Report of the Lahore Medical School Hospital
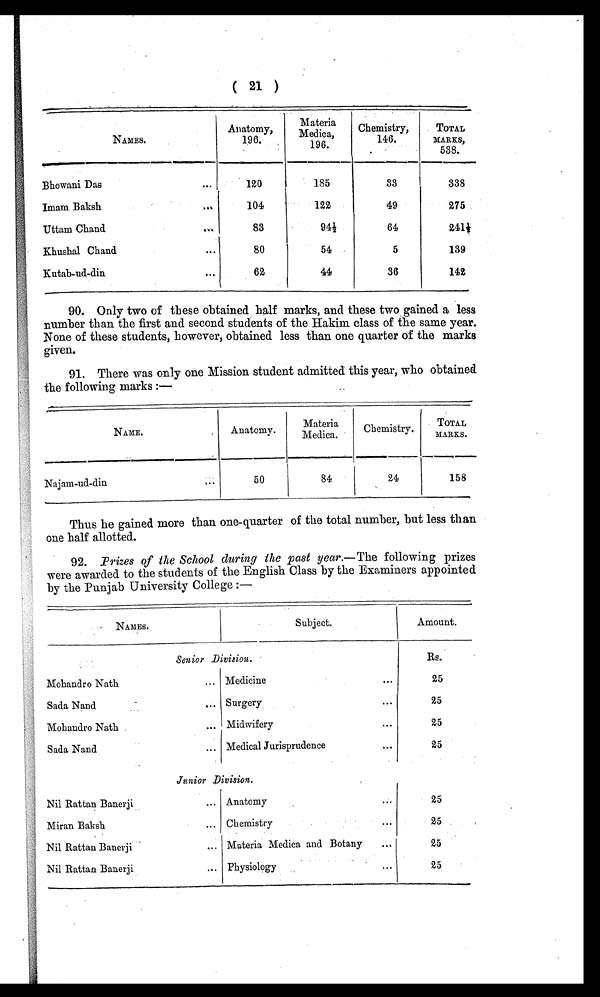
( 21 )
NAMES.
Anatomy,
196.
Materia
M e d i c a , 1 9 6 .
Ch emistr y,
146.
TOTAL
MARKS,
538.
Bhowani Das
. . .
120
185
33
338
Imam Baksh
...
104
122
49
275
Uttam Chand
...
83
94½
6 4
241½
Khushal Chand
...
80
5 4
5
139
Kutab-ud-din
...
62
44
36
142
90. Only two of these obtained half marks, and these two gained a less
number than the first and second students of the Hakim class of the same year.
None of these students, however, obtained less than one quarter of the marks
given.
91. There was only one Mission student admitted this year, who obtained
the following marks :—
NAME.
Anatomy.
Materia
Medica.
Chemistry.
TOTAL
MARKS.
Najam-ud-din
...
50
84
24
158
Thus he gained more than one-quarter of the total number, but less than
one half allotted..
92. Prizes of the School during the past year.—The following prizes
were awarded to the students of the English Class by the Examiners appointed.
by the Punjab University College :—
NAMES.
Subject.
Amount.
Senior Division.
Rs.
Mohandro Nath
... Medicine
...
25
Sada Nand
... Surgery
...
25
Mohandro Nath
... Midwifery
...
2 5
Sada Nand
... Medical Jurisprudence
...
25
Junior Division.
Nil Rattan Banerji
... Anatomy
...
25
Miran Baksh
... Chemistry
...
25
Nil Rattan Banerji
... Materia Medica and Botany
...
25
Nil Rattan Banerji
... Physiology
...
25